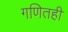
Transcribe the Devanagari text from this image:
गणितही